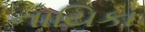
નાયિકા